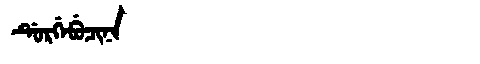
Manchu: ᡩᡠᡵᡤᡝᠪᡠᠴᡳᠨᠠ
Romanization: DURGEBUCINA